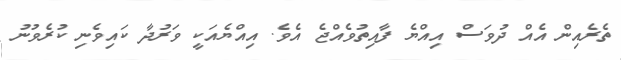
ތެރެއިން އެއް ދުވަސް އިއްޔެ ފާއިތުވެއްޖެ އެވެ. އިއްޔެއަކީ ވަރުދާ ކައިވެނި ކުރެވުނު